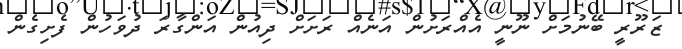
ޒަރޫރީ ބޭނުމަށް ނޫނީ އެއްރަށުން އަނެއް ރަށަށް ދިއުން އަންގާރަ ދުވަހުން ފެށިގެން